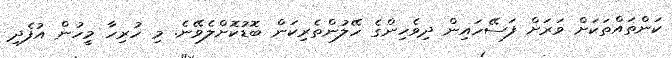
ކަންތައްތަކަށް ވަރަށް ފަސޭހައިން ދިވެހިންގެ ހޭލުންތެރިކަން ބޮޑުކޮށްލެވޭނެ. މި ހުރިހާ މީހުން އުފެދި